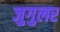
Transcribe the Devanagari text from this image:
जुगुलर